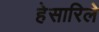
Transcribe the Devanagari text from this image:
हेसारिले